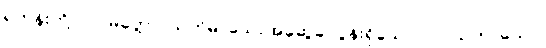
ရဟန်းတို့။ ပါပမိတ္တော၊ ယုတ်မာသောအဆွေခင်ပွန်းရှိသော။ ပါပသဟာယော၊